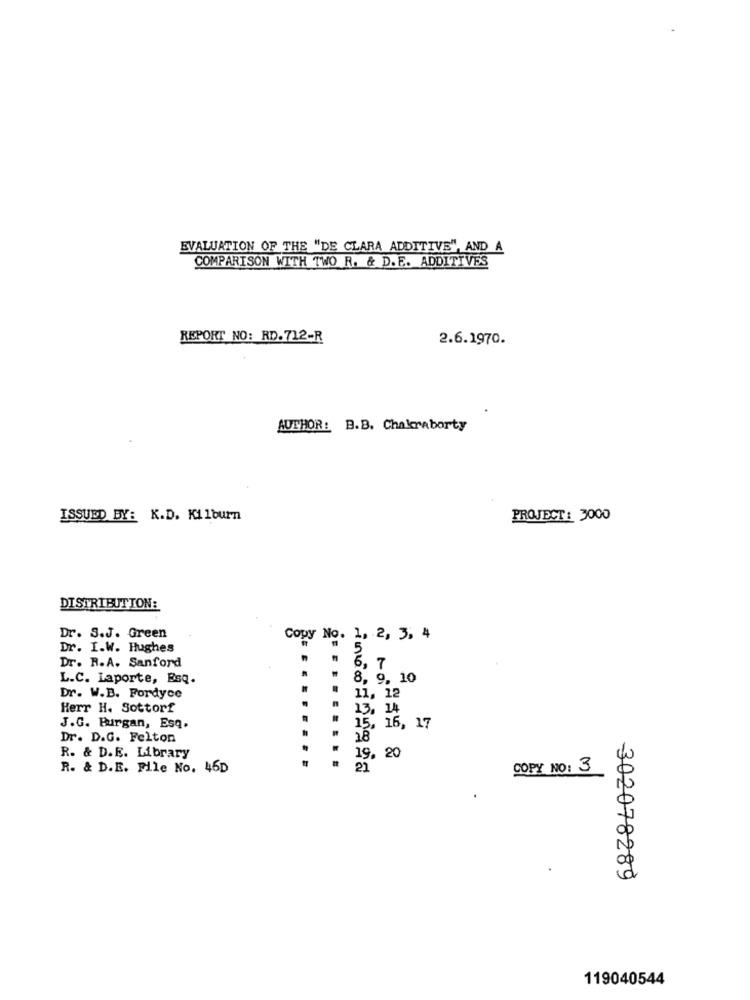
EVALUATION OF THE "DE CLARA ADDITIVE", AND A
COMPARISON WITH TWO R. & D.E. ADDITIVES
REPORT NO: RD.712-R
2.6.1970.
AUTHOR: B.B. Chakraborty
ISSUED BY: K.D. Kilburn
PROJECT: 3000
DISTRIBUTION:
Dr. S.J. Green
Copy No. 1, 2, 3, 4
Dr. I.W. Hughes
5
Dr. R.A. Sanford
6.
. 7
L.C. Laporte, Esq.
8.
9. 10
.
Dr. W.B. Fordyce
11, 12
Herr H. Sottorf
13, 14
J.G. Burgan, Esq.
15, 16, 17
Dr. D.G. Felton
18
R. & D.E. Library
19, 20
R. & D.E. File No. 46D
21
COPY NO: 3
302078289
119040544